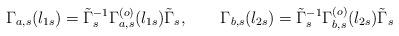
LaTeX: \begin{align*}\Gamma_{a,s}(l_{1s})=\tilde\Gamma_s^{-1}\Gamma_{ a ,s}^{(o)}(l_{1s})\tilde\Gamma_s, \qquad \Gamma_{b,s}(l_{2s})=\tilde\Gamma_s^{-1}\Gamma_{b ,s}^{(o)}(l_{2s})\tilde\Gamma_s\end{align*}